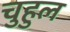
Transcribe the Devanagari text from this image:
चुहुल